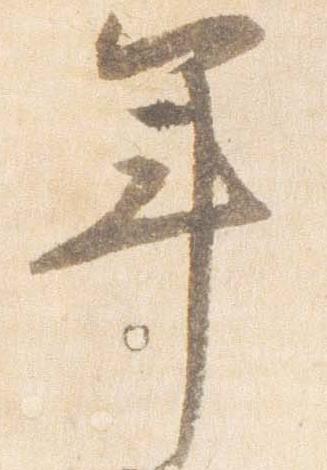
年